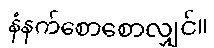
နံနက်စောစောလျှင်။